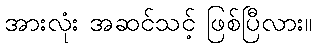
အားလုံး အဆင်သင့် ဖြစ်ပြီလား။